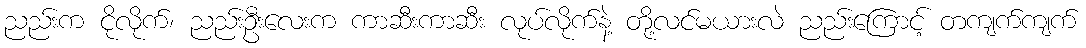
ညည်းက ငိုလိုက်၊ ညည်းဦးလေးက ကာဆီးကာဆီး လုပ်လိုက်နဲ့ တို့လင်မယားလဲ ညည်းကြောင့် တကျက်ကျက်